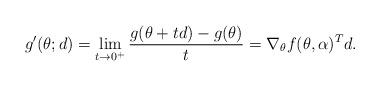
LaTeX: \begin{align*}g'(\theta; d) = \lim_{t\rightarrow 0^+} \frac{g(\theta + t d) - g(\theta)}{t} = \nabla_\theta f(\theta,\alpha)^T d.\end{align*}